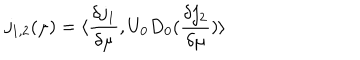
LaTeX: j _ { 1 , 2 } ( \mu ) = \langle \frac { \delta j _ { 1 } } { \delta \mu } , U _ { 0 } D _ { 0 } ( \frac { \delta j _ { 2 } } { \delta \mu } ) \rangle